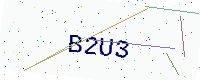
Text: B2U3